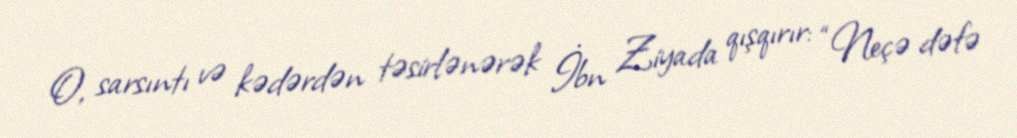
O, sarsıntı və kədərdən təsirlənərək İbn Ziyada qışqırır: “Neçə dəfə